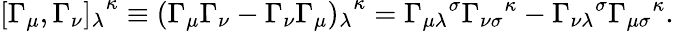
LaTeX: [\Gamma_{\mu},\Gamma_{\nu}{]_{\lambda}}^{\kappa}\equiv(\Gamma_{\mu}\Gamma_{\nu}-\Gamma_{\nu}\Gamma_{\mu}{)_{\lambda}}^{\kappa}={\Gamma_{\mu\lambda}}^{\sigma}{\Gamma_{\nu\sigma}}^{\kappa}-{\Gamma_{\nu\lambda}}^{\sigma}{\Gamma_{\mu\sigma}}^{\kappa}.